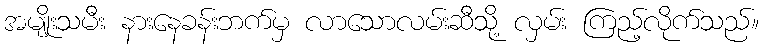
အမျိုးသမီး နားနေခန်းဘက်မှ လာသောလမ်းဆီသို့ လှမ်း ကြည့်လိုက်သည်။